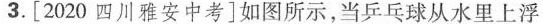
3.[2020四川雅安中考]如图所示，当乒乓球从水里上浮